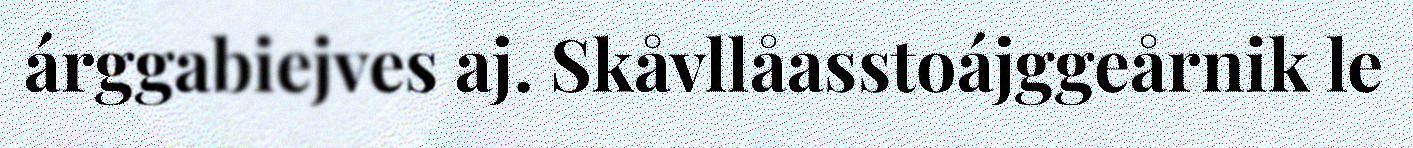
árggabiejves aj. Skåvllåasstoájggeårnik le